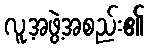
လူ့အဖွဲ့အစည်း၏